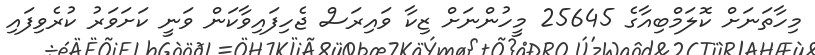
މިހާތަނަށް ކޮލަމްބިއާގެ 25645 މީހުންނަށް ޒިކާ ވައިރަސް ޖެހިފައިވާކަން ވަނީ ކަށަވަރު ކުރެވިފައި